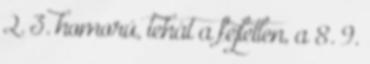
2. 3. homorú, tehát a fejletlen, a 8. 9.